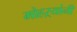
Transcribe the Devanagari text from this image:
मोहऱ्यांनी